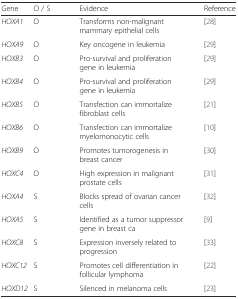
<table><thead><tr><td><b>Gene</b></td><td><b>O / S</b></td><td><b>Evidence</b></td><td><b>Reference</b></td></tr></thead><tbody><tr><td><i>HOXA1</i></td><td>O</td><td>Transforms non-malignant mammary epithelial cells</td><td>[28]</td></tr><tr><td><i>HOXA9</i></td><td>O</td><td>Key oncogene in leukemia</td><td>[29]</td></tr><tr><td><i>HOXB3</i></td><td>O</td><td>Pro-survival and proliferation gene in leukemia</td><td>[29]</td></tr><tr><td><i>HOXB4</i></td><td>O</td><td>Pro-survival and proliferation gene in leukemia</td><td>[29]</td></tr><tr><td><i>HOXB5</i></td><td>O</td><td>Transfection can immortalize fibroblast cells</td><td>[21]</td></tr><tr><td><i>HOXB6</i></td><td>O</td><td>Transfection can immortalize myelomonocytic cells</td><td>[10]</td></tr><tr><td><i>HOXB9</i></td><td>O</td><td>Promotes tumorogenesis in breast cancer</td><td>[30]</td></tr><tr><td><i>HOXC4</i></td><td>O</td><td>High expression in malignant prostate cells</td><td>[31]</td></tr><tr><td><i>HOXA4</i></td><td>S</td><td>Blocks spread of ovarian cancer cells</td><td>[32]</td></tr><tr><td><i>HOXA5</i></td><td>S</td><td>Identified as a tumor suppressor gene in breast ca</td><td>[9]</td></tr><tr><td><i>HOXC8</i></td><td>S</td><td>Expression inversely related to progression</td><td>[33]</td></tr><tr><td><i>HOXC12</i></td><td>S</td><td>Promotes cell differentiation in follicular lymphoma</td><td>[22]</td></tr><tr><td><i>HOXD12</i></td><td>S</td><td>Silenced in melanoma cells</td><td>[23]</td></tr></tbody></table>